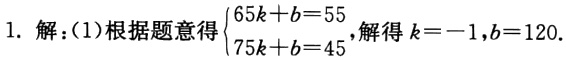
1. 解：(1)根据题意得$\begin{cases}65k + b = 55\\75k + b = 45\end{cases}$，解得$k = - 1,b = 120$.